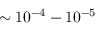
\sim 1 0 ^ { - 4 } - 1 0 ^ { - 5 }